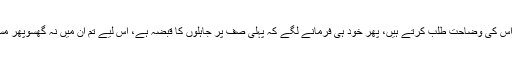
فرمانے لگے کہ پہلے تو لوگ نصیحت کو کہتے ہیں کہ نصیحت کرو پھر اس کی وضاحت طلب کرتے ہیں، پھر خود ہی فرمانے لگے کہ پہلی صف پر جاہلوں کا قبضہ ہے، اس لیے تم ان میں نہ گھسوپھر مسجد میں خیرات کے لیے فرمایا کہ مسجد میں مانگنا اور دینا دونوں منع ہیں۔